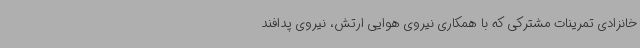
خانزادی تمرینات مشترکی که با همکاری نیروی هوایی ارتش، نیروی پدافند